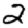
Digit: 2